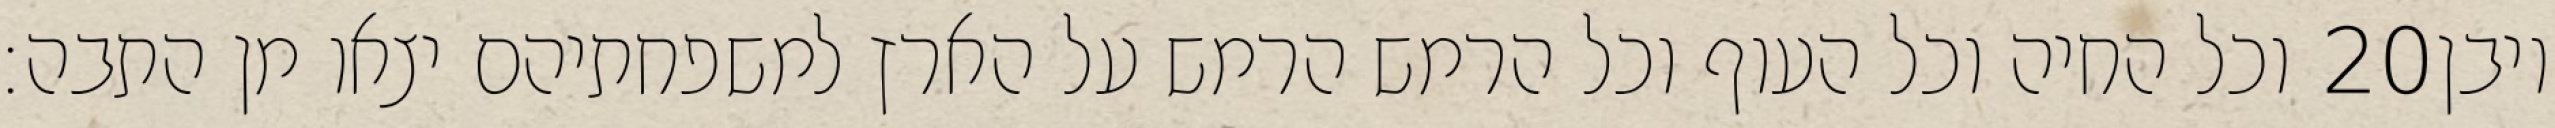
וכל החיה וכל העוף וכל הרמש הרמש על הארץ למשפחתיהם יצאו מן התבה׃ ‎20‏ ויבן